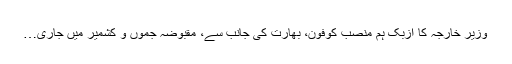
وزیر خارجہ کا ازبک ہم منصب کوفون، بھارت کی جانب سے، مقبوضہ جموں و کشمیر میں جاری…